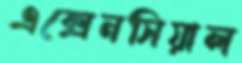
এক্সেনসিয়াল